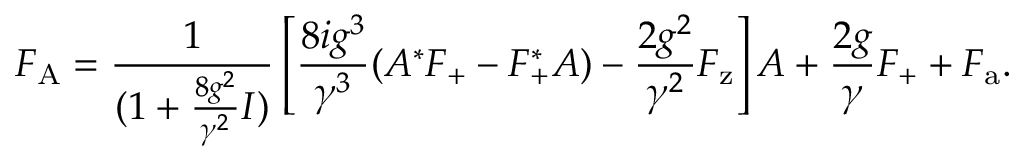
F _ { \mathrm { A } } = \frac { 1 } { ( 1 + \frac { 8 g ^ { 2 } } { \gamma ^ { 2 } } I ) } \left[ \frac { 8 i g ^ { 3 } } { \gamma ^ { 3 } } ( A ^ { * } F _ { \mathrm { + } } - F _ { \mathrm { + } } ^ { * } A ) - \frac { 2 g ^ { 2 } } { \gamma ^ { 2 } } F _ { \mathrm { z } } \right] A + \frac { 2 g } { \gamma } F _ { \mathrm { + } } + F _ { \mathrm { a } } .